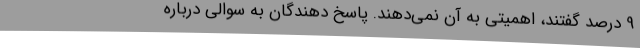
9 درصد گفتند، اهمیتی به آن نمی‌دهند. پاسخ دهندگان به سوالی درباره